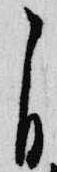
自